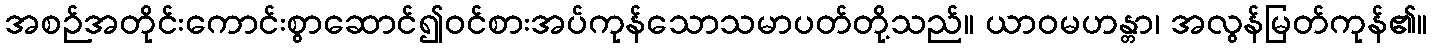
အစဉ်အတိုင်းကောင်းစွာဆောင်၍ဝင်စားအပ်ကုန်သောသမာပတ်တို့သည်။ ယာဝမဟန္တာ၊ အလွန်မြတ်ကုန်၏။